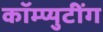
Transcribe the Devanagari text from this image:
कॉम्प्युटींग